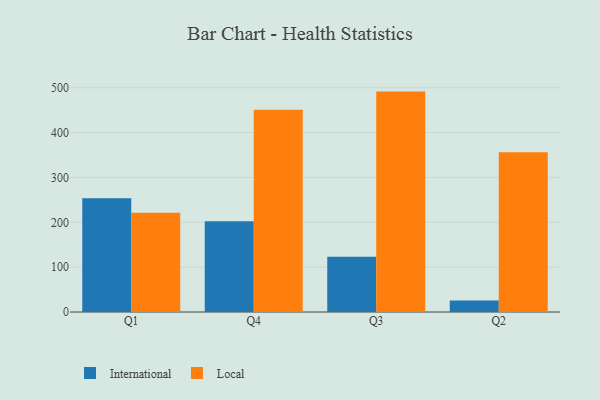
{"axis": {"x": "Quarter", "y": "Budget (USD K)"}, "legend": ["International", "Local"], "data": [{"x": "Q1", "y": 253.5, "type": "International"}, {"x": "Q1", "y": 221.4, "type": "Local"}, {"x": "Q4", "y": 202.6, "type": "International"}, {"x": "Q4", "y": 451.3, "type": "Local"}, {"x": "Q3", "y": 123.4, "type": "International"}, {"x": "Q3", "y": 491.5, "type": "Local"}, {"x": "Q2", "y": 25.7, "type": "International"}, {"x": "Q2", "y": 356.4, "type": "Local"}]}